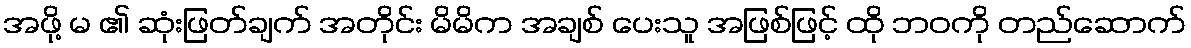
အဖို့ မ ၏ ဆုံးဖြတ်ချက် အတိုင်း မိမိက အချစ် ပေးသူ အဖြစ်ဖြင့် ထို ဘဝကို တည်ဆောက်